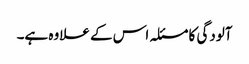
آلودگی کا مسئلہ اس کے علاوہ ہے۔